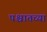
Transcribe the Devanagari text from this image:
पश्चातच्या